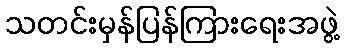
သတင်းမှန်ပြန်ကြားရေးအဖွဲ့